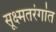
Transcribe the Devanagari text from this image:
सूक्ष्मतरंगांत